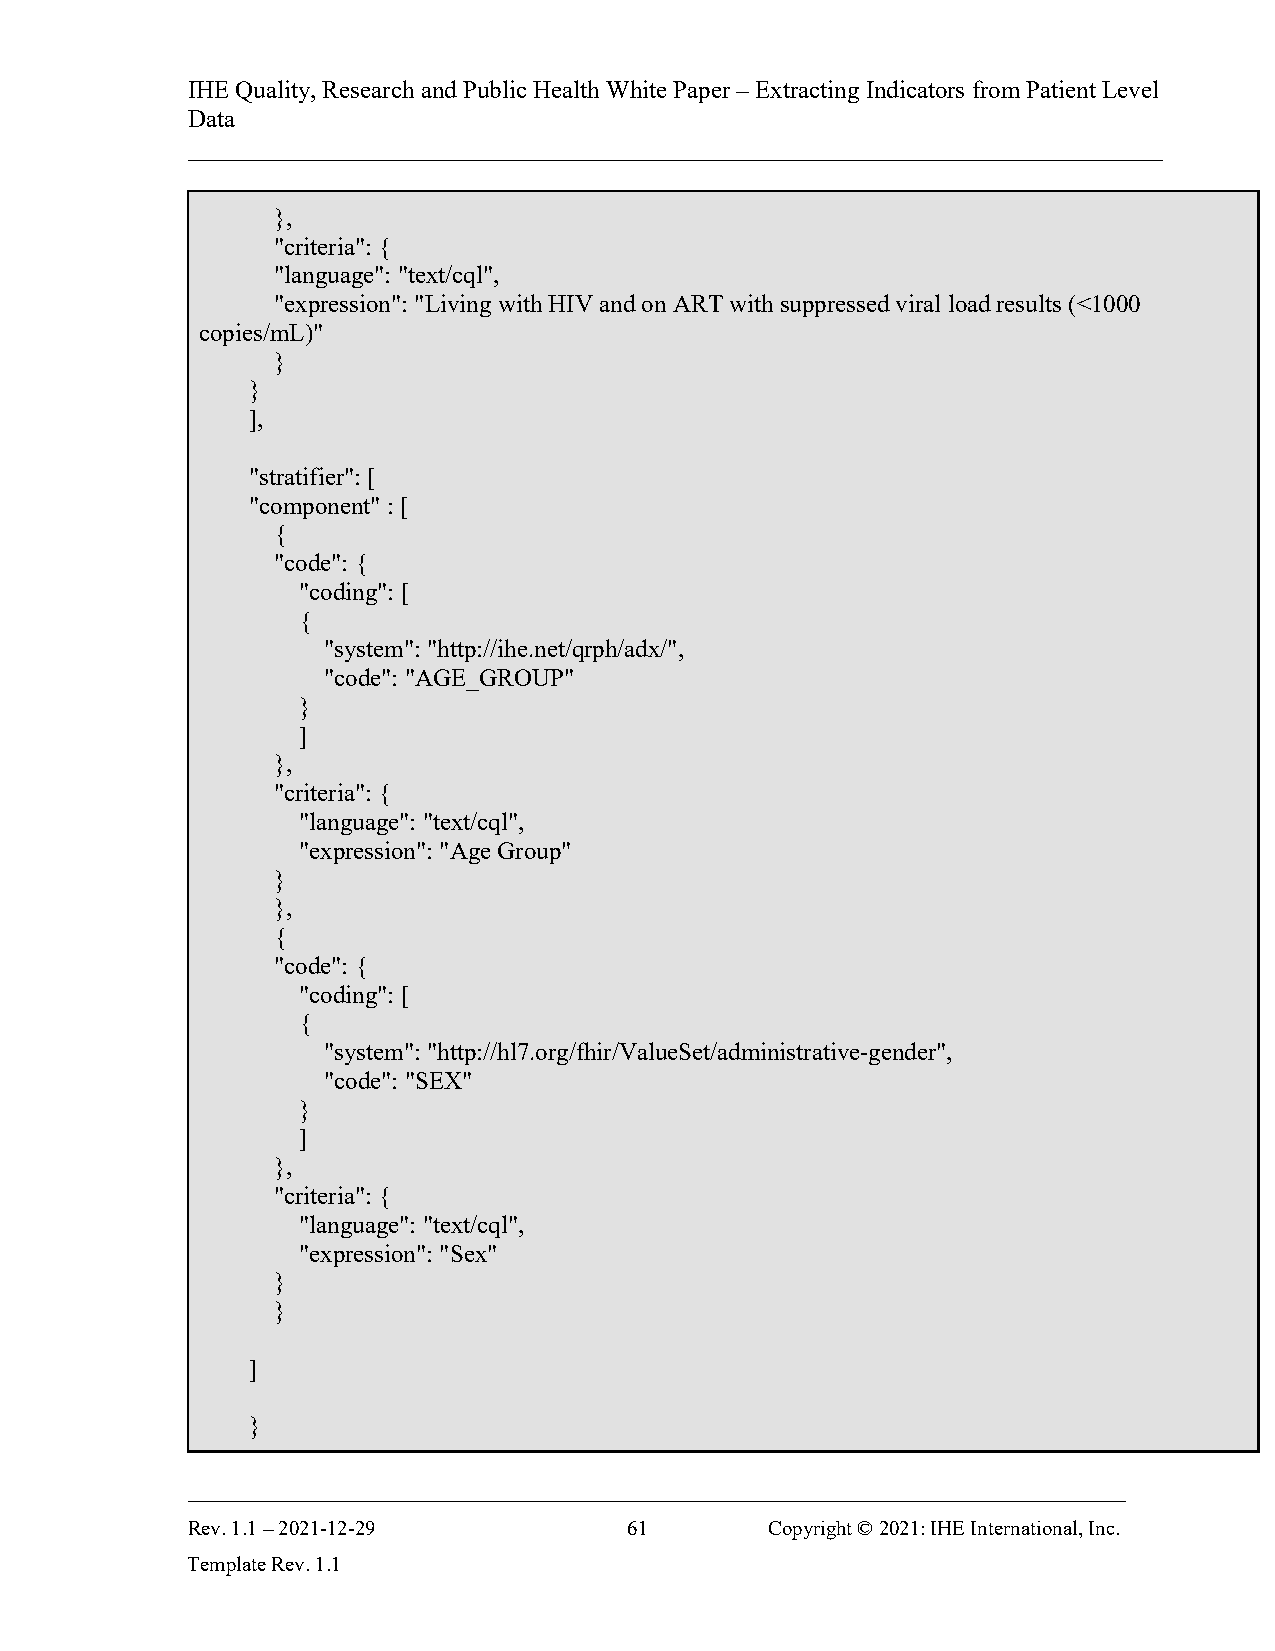
IHE Quality, Research and Public Health White Paper – Extracting Indicators from Patient Level
 Data
 ______________________________________________________________________________
 },
 "criteria": {
 "language": "text/cql",
 "expression": "Living with HIV and on ART with suppressed viral load results (<1000
 copies/mL)"
 }
 }
 ],
 "stratifier": [
 "component" : [
 {
 "code": {
 "coding": [
 {
 "system": "http://ihe.net/qrph/adx/",
 "code": "AGE_GROUP"
 }
 ]
 },
 "criteria": {
 "language": "text/cql",
 "expression": "Age Group"
 }
 },
 {
 "code": {
 "coding": [
 {
 "system": "http://hl7.org/fhir/ValueSet/administrative-gender",
 "code": "SEX"
 }
 ]
 },
 "criteria": {
 "language": "text/cql",
 "expression": "Sex"
 }
 }
 ]
 }
 ___________________________________________________________________________
 Rev. 1.1 – 2021-12-29         61       Copyright © 2021: IHE International, Inc.
 Template Rev. 1.1